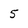
Character: 5